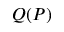
Q ( P )